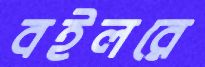
বইলরে